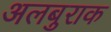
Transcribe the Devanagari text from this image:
अलबुराक